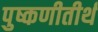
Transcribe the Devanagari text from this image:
पुष्कणीतीर्थ